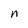
Character: n